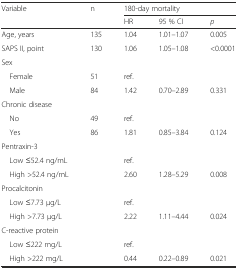
| Variable | n | <COLSPAN=3> 180-day mortality |
 |  |  | HR | 95 % CI | p |
 | --- | --- | --- | --- | --- |
 | Age, years | 135 | 1.04 | 1.01–1.07 | 0.005 |
 | SAPS II, point | 130 | 1.06 | 1.05–1.08 | <0.0001 |
 | <COLSPAN=5> Sex |
 | Female | 51 | ref. |  |  |
 | Male | 84 | 1.42 | 0.70–2.89 | 0.331 |
 | <COLSPAN=5> Chronic disease |
 | No | 49 | ref. |  |  |
 | Yes | 86 | 1.81 | 0.85–3.84 | 0.124 |
 | <COLSPAN=5> Pentraxin-3 |
 | Low ≤52.4 ng/mL |  | ref. |  |  |
 | High >52.4 ng/mL |  | 2.60 | 1.28–5.29 | 0.008 |
 | <COLSPAN=5> Procalcitonin |
 | Low ≤7.73 μg/L |  | ref. |  |  |
 | High >7.73 μg/L |  | 2.22 | 1.11–4.44 | 0.024 |
 | <COLSPAN=5> C-reactive protein |
 | Low ≤222 mg/L |  | ref. |  |  |
 | High >222 mg/L |  | 0.44 | 0.22–0.89 | 0.021 |